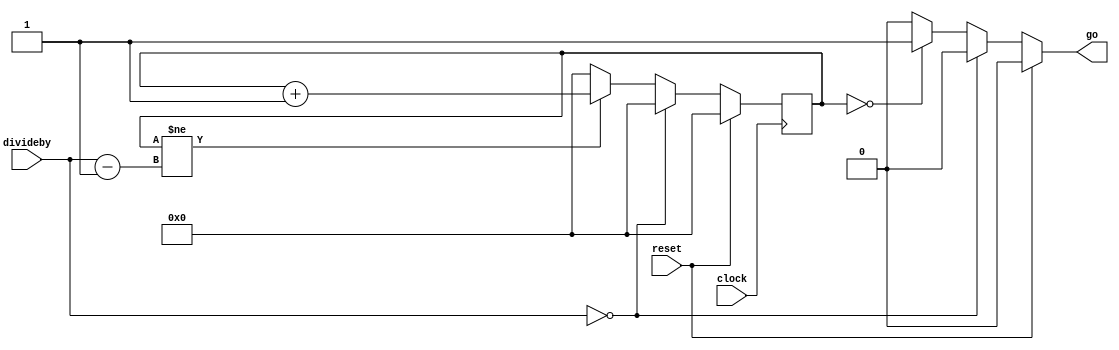
module pulse(clock, reset, divideby, go);
    input clock;
    input reset;
    input [25:0] divideby;

    output go;

    reg [25:0] count;
    reg [25:0] count_c;
    reg go;

    //10_1111_1010_1111_0000_1000_0000
    //26 bits to represent 50 million

    always @(*) begin
        count_c = count;
            if(divideby == 26'b00_0000_0000_0000_0000_0000_0000) begin
                count_c = 26'b00_0000_0000_0000_0000_0000_0000;
                go = 1'b0;
            end
            else begin
                //logic for go
                if(count == 26'b00_0000_0000_0000_0000_0000_0000) begin
                    go = 1'b1;
                end
                else begin
                    go = 1'b0;
                end

                //counting stuff
                if(count != (divideby - 26'b00_0000_0000_0000_0000_0000_0001)) begin
                    count_c = count + 26'b00_0000_0000_0000_0000_0000_0001;
                end
                else begin //rollover
                    count_c = 26'b00_0000_0000_0000_0000_0000_0000;
                end
            end
            if(reset == 1'b1) begin
                count_c  = 26'b00_0000_0000_0000_0000_0000_0000;
                go = 1'b0;
            end    
    end
    
    always @(posedge clock) begin
        count <= #1 count_c;
    end

endmodule